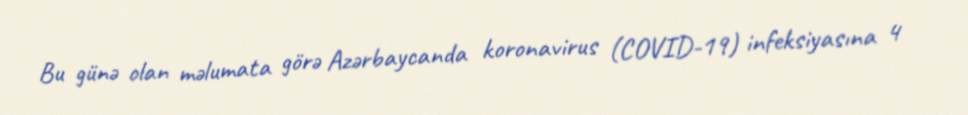
Bu günə olan məlumata görə Azərbaycanda koronavirus (COVID-19) infeksiyasına 4